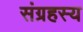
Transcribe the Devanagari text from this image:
संग्रहस्य